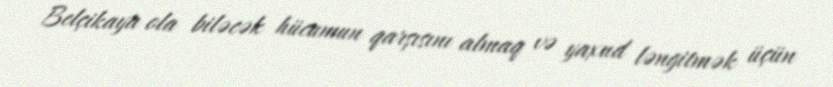
Belçikaya ola biləcək hücumun qarşısını almaq və yaxud ləngitmək üçün